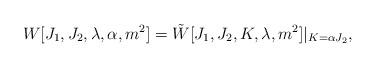
LaTeX: \begin{align*}W[J_1,J_2,\lambda,\alpha,m^2]=\tilde W[J_1,J_2,K,\lambda,m^2]|_{K=\alpha J_2},\end{align*}